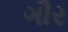
ગૌર